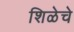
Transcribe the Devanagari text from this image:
शिळेचे